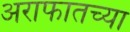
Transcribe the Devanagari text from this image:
अराफातच्या